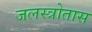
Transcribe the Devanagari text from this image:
जलस्त्रोतास